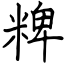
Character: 粺